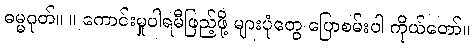
ဓမ္မဂုတ်။ ။ ကောင်းမှုပါရမီဖြည့်ဖို့ များပုံတွေ ပြောစမ်းပါ ကိုယ်တော်။